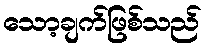
သော့ချက်ဖြစ်သည်